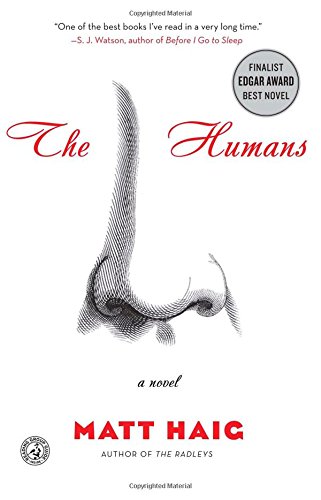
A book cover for The Humans: A Novel; Matt Haig; Literature & Fiction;